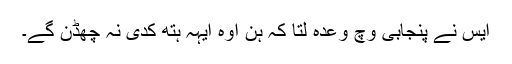
ایس نے پنجابی وچ وعدہ لتا کہ ہن اوہ ایہہ ہتھ کدی نہ چھڈن گے۔